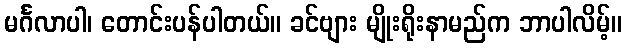
မင်္ဂလာပါ၊ တောင်းပန်ပါတယ်။ ခင်ဗျား မျိုးရိုးနာမည်က ဘာပါလိမ့်။